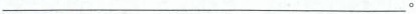
___。